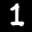
Label: 1